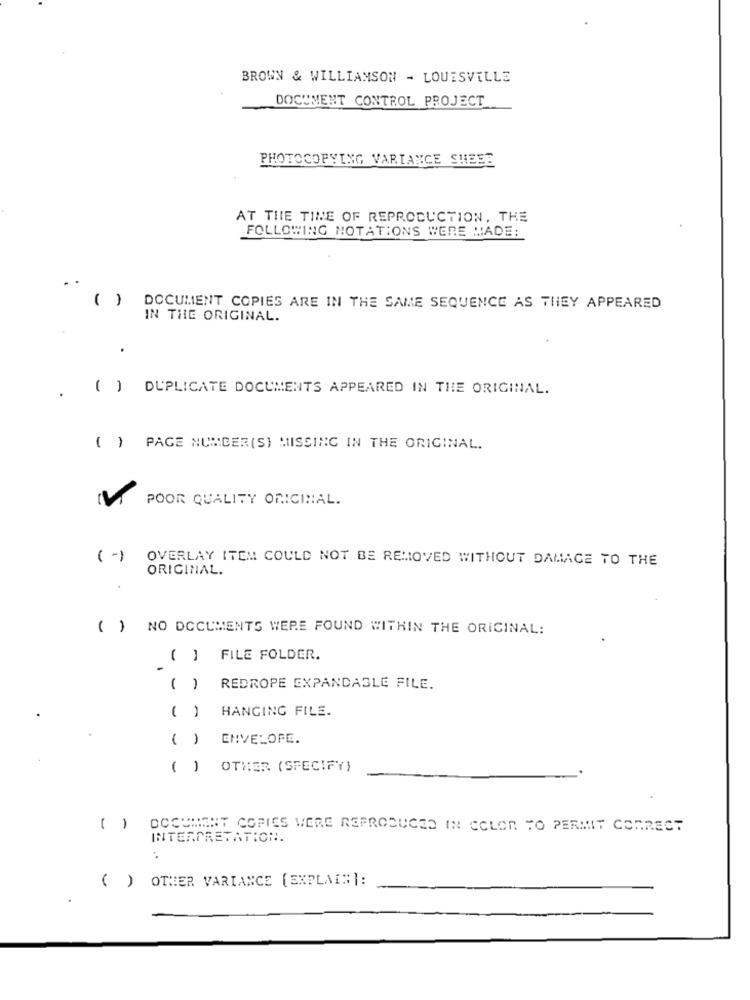
BROWN & WILLIAMSON - LOUISVILLE
DOCUMENT CONTROL PROJECT
PHOTOCOPYING VARIANCE SHEEE
AT THIE TINE OF REPRODUCTION, THE
FOLLOWING NOTATIONS WERE MADE:
.
( ) DOCUMENT COPIES ARE IN THE SAME SEQUENCE AS THEY APPEARED
IN THE ORIGINAL.
( ) DUPLICATE DOCUMENTS APPEARED IN THE ORIGINAL.
( ) PAGE NUMBER(S) MISSING IN THE ORIGINAL.
POOR QUALITY ORIGINAL.
(-)
OVERLAY ITEM COULD NOT BE REMOVED WITHOUT DAMAGE TO THE
ORIGINAL.
( ) NO DOCUMENTS WERE FOUND WITHIN THE ORIGINAL:
(] FILE FOLDER.
( )
REDROPE EXPANDABLE FILE.
( ) HANGING FILE.
( )
ENVELOPE.
( )
OTHER (SPECIFY)
( ) DOCUMENT COPIES WERE REPRODUCED IN COLOR TO PERMIT CORRECT
INTERPRETATION.
( ) OTHER VARIANCE [EXPLAIN]: